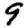
Digit: 9